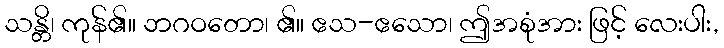
သန္တိ၊ ကုန်၏။ ဘဂဝတော၊ ၏။ ဧသ-ဧသော၊ ဤအစုံအား ဖြင့် လေးပါး,